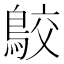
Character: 𪁉